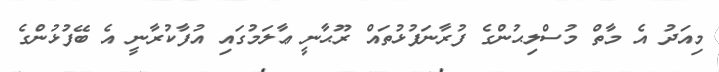
މިއަދު އެ މާތް މުސްލިޙުންގެ ފުރާނަފުޅުތައް ރޫޙާނީ ޢާލަމުގައި އުފާކުރާނީ އެ ބޭފުޅުންގެ